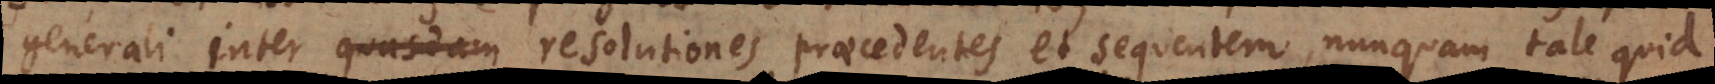
generali inter resolutiones praecedentes et sequentem, nunquam tale quid